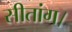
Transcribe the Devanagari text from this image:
सीतांग।